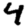
Digit: 4